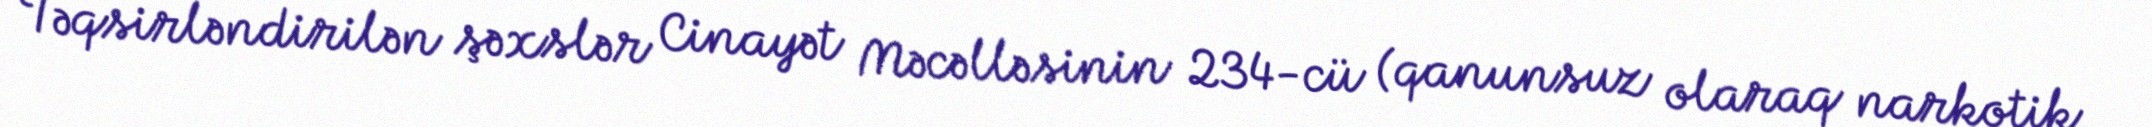
Təqsirləndirilən şəxslər Cinayət Məcəlləsinin 234-cü (qanunsuz olaraq narkotik